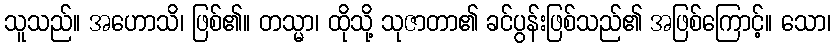
သူသည်။ အဟောသိ၊ ဖြစ်၏။ တသ္မာ၊ ထိုသို့ သုဇာတာ၏ ခင်ပွန်းဖြစ်သည်၏ အဖြစ်ကြောင့်။ သော၊